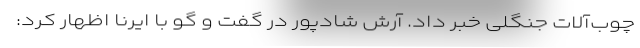
چوب‌آلات جنگلی خبر داد. آرش شادپور در گفت و گو با ایرنا اظهار کرد: